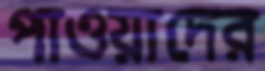
পাওয়াদের